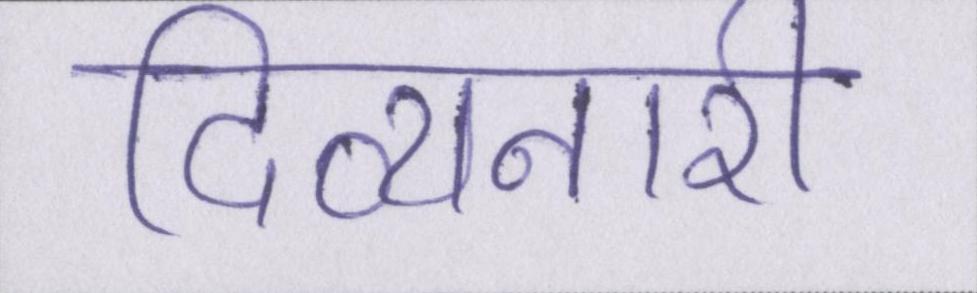
दिव्यनारी